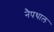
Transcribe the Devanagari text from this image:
नैपथाल